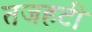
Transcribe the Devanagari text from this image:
तजहटी